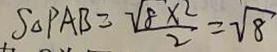
S _ { \Delta } P A B = \frac { \sqrt { 8 } \times 2 } { 2 } = \sqrt { 8 }